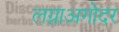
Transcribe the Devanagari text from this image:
लग्नाअगोदर